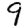
Digit: 9